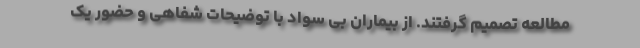
مطالعه تصمیم گرفتند. از بیماران بی سواد با توضیحات شفاهی و حضور یک